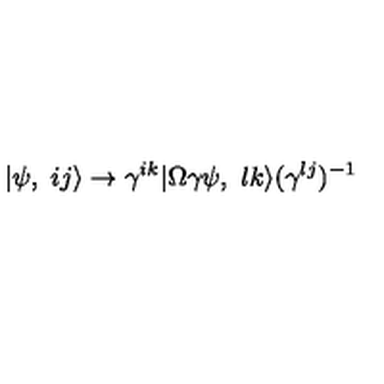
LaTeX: | \psi , \ i j \rangle \rightarrow \gamma ^ { i k } | \Omega \gamma \psi , \ l k \rangle ( \gamma ^ { l j } ) ^ { - 1 }